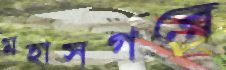
মহাসগরে